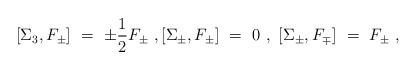
LaTeX: \begin{align*}[\Sigma_3 ,F_{\pm} ]\ =\ \pm \frac{1}{2} F_{\pm} \ ,[\Sigma_{\pm} ,F_{\pm} ]\ =\ 0\ ,\ [\Sigma_{\pm} ,F_{\mp} ]\ =\ F_{\pm} \ ,\end{align*}